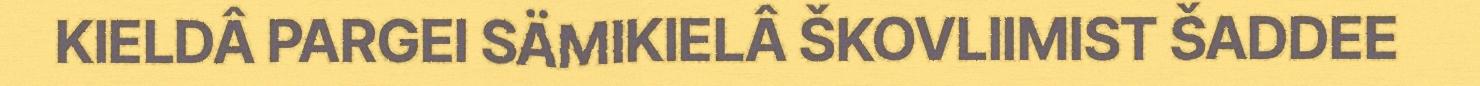
KIELDÂ PARGEI SÄMIKIELÂ ŠKOVLIIMIST ŠADDEE